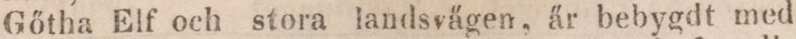
gőtha Elf och stora landsvägen, är bebygdt med